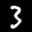
Label: 3